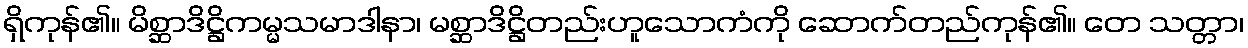
ရှိကုန်၏။ မိစ္ဆာဒိဋ္ဌိကမ္မသမာဒါနာ၊ မစ္ဆာဒိဋ္ဌိတည်းဟူသောကံကို ဆောက်တည်ကုန်၏။ တေ သတ္တာ၊